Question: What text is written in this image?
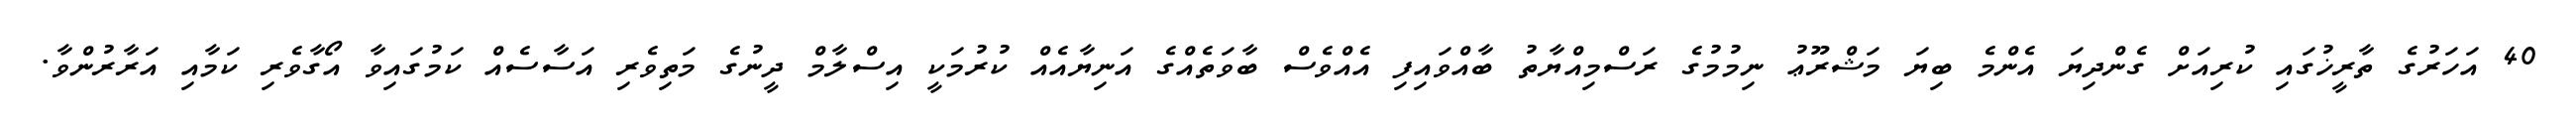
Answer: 40 އަހަރުގެ ތާރީޚުގައި ކުރިއަށް ގެންދިޔަ އެންމެ ބިޔަ މަޝްރޫޢު ނިމުމުގެ ރަސްމިއްޔާތު ބާއްވައިފި އެއްވެސް ބާވަތެއްގެ އަނިޔާއެއް ކުރުމަކީ އިސްލާމް ދީނުގެ މަތިވެރި އަސާސެއް ކަމުގައިވާ އޯގާވެރި ކަމާއި އަރާރުންވާ.